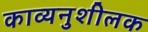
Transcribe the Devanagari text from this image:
काव्यनुशीलक